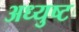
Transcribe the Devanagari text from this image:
अध्युष्ट